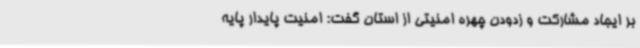
بر ایجاد مشارکت و زدودن چهره امنیتی از استان گفت: امنیت پایدار پایه